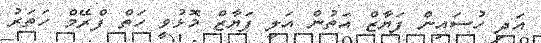
އަދި ހުސައިން ފަޔާޒް އަތުން އަލީ ފަޔާޒް މޮޅުވީ ހަތް ފްރޭމް ހަތަރު